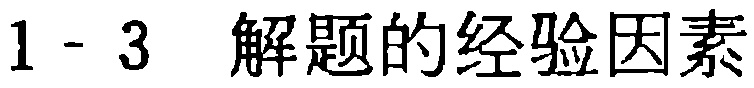
1 - 3 \quad 解题的经验因素